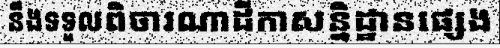
នឹងទទួលពិចារណាដីកាសន្និដ្ឋានផ្សេង